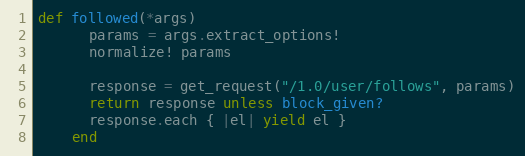
Language: Ruby
def followed(*args)
      params = args.extract_options!
      normalize! params

      response = get_request("/1.0/user/follows", params)
      return response unless block_given?
      response.each { |el| yield el }
    end